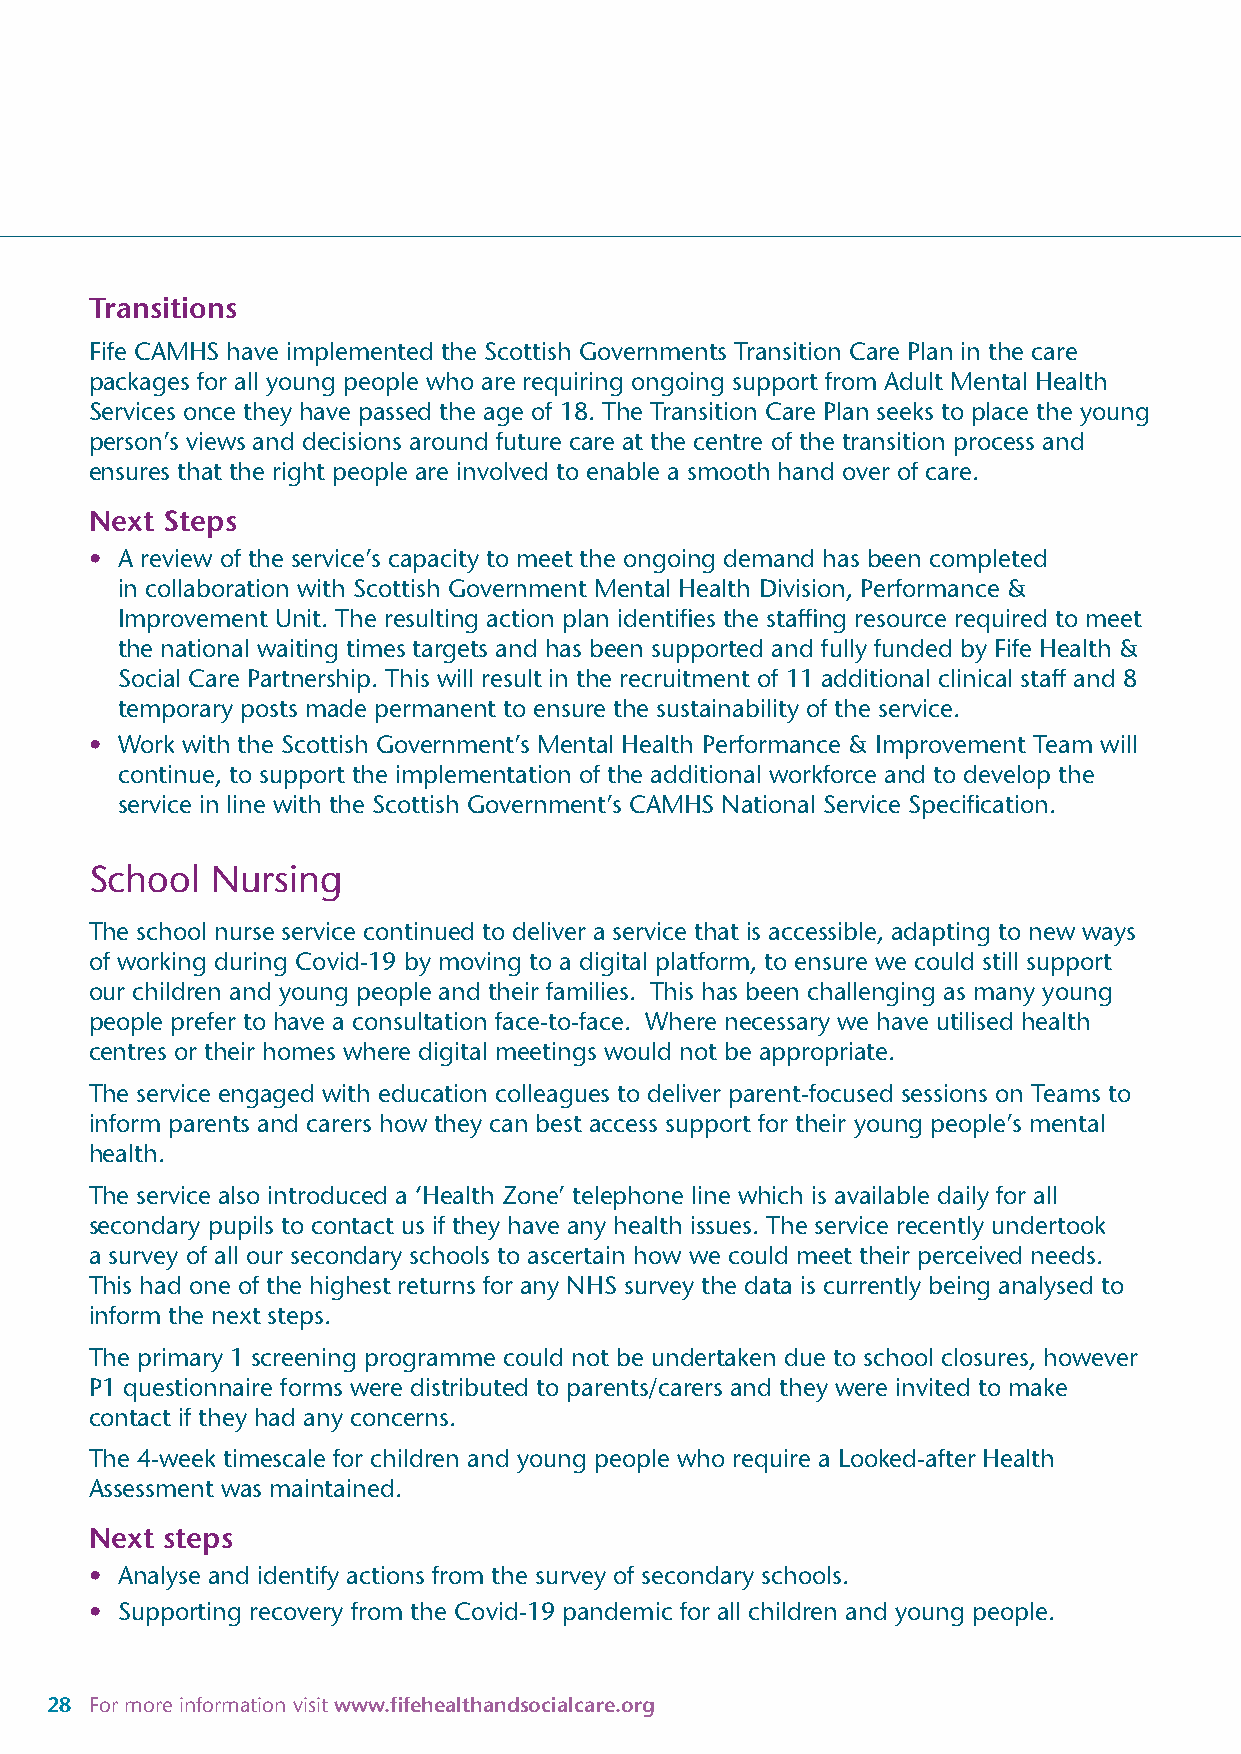
Transitions
 Fife CAMHS have implemented the Scottish Governments Transition Care Plan in the care
 packages for all young people who are requiring ongoing support from Adult Mental Health
 Services once they have passed the age of 18. The Transition Care Plan seeks to place the young
 person’s views and decisions around future care at the centre of the transition process and
 ensures that the right people are involved to enable a smooth hand over of care.
 Next Steps
 • A review of the service’s capacity to meet the ongoing demand has been completed
 in collaboration with Scottish Government Mental Health Division, Performance &
 Improvement Unit. The resulting action plan identifies the staffing resource required to meet
 the national waiting times targets and has been supported and fully funded by Fife Health &
 Social Care Partnership. This will result in the recruitment of 11 additional clinical staff and 8
 temporary posts made permanent to ensure the sustainability of the service.
 • Work with the Scottish Government’s Mental Health Performance & Improvement Team will
 continue, to support the implementation of the additional workforce and to develop the
 service in line with the Scottish Government’s CAMHS National Service Specification.
 School  Nursing
 The school nurse service continued to deliver a service that is accessible, adapting to new ways
 of working during Covid-19 by moving to a digital platform, to ensure we could still support
 our children and young people and their families. This has been challenging as many young
 people prefer to have a consultation face-to-face. Where necessary we have utilised health
 centres or their homes where digital meetings would not be appropriate.
 The service engaged with education colleagues to deliver parent-focused sessions on Teams to
 inform parents and carers how they can best access support for their young people’s mental
 health.
 The service also introduced a ‘Health Zone’ telephone line which is available daily for all
 secondary pupils to contact us if they have any health issues. The service recently undertook
 a survey of all our secondary schools to ascertain how we could meet their perceived needs.
 This had one of the highest returns for any NHS survey the data is currently being analysed to
 inform the next steps.
 The primary 1 screening programme could not be undertaken due to school closures, however
 P1 questionnaire forms were distributed to parents/carers and they were invited to make
 contact if they had any concerns.
 The 4-week timescale for children and young people who require a Looked-after Health
 Assessment was maintained.
 Next steps
 • Analyse and identify actions from the survey of secondary schools.
 • Supporting recovery from the Covid-19 pandemic for all children and young people.
 28 For more information visit www.fifehealthandsocialcare.org